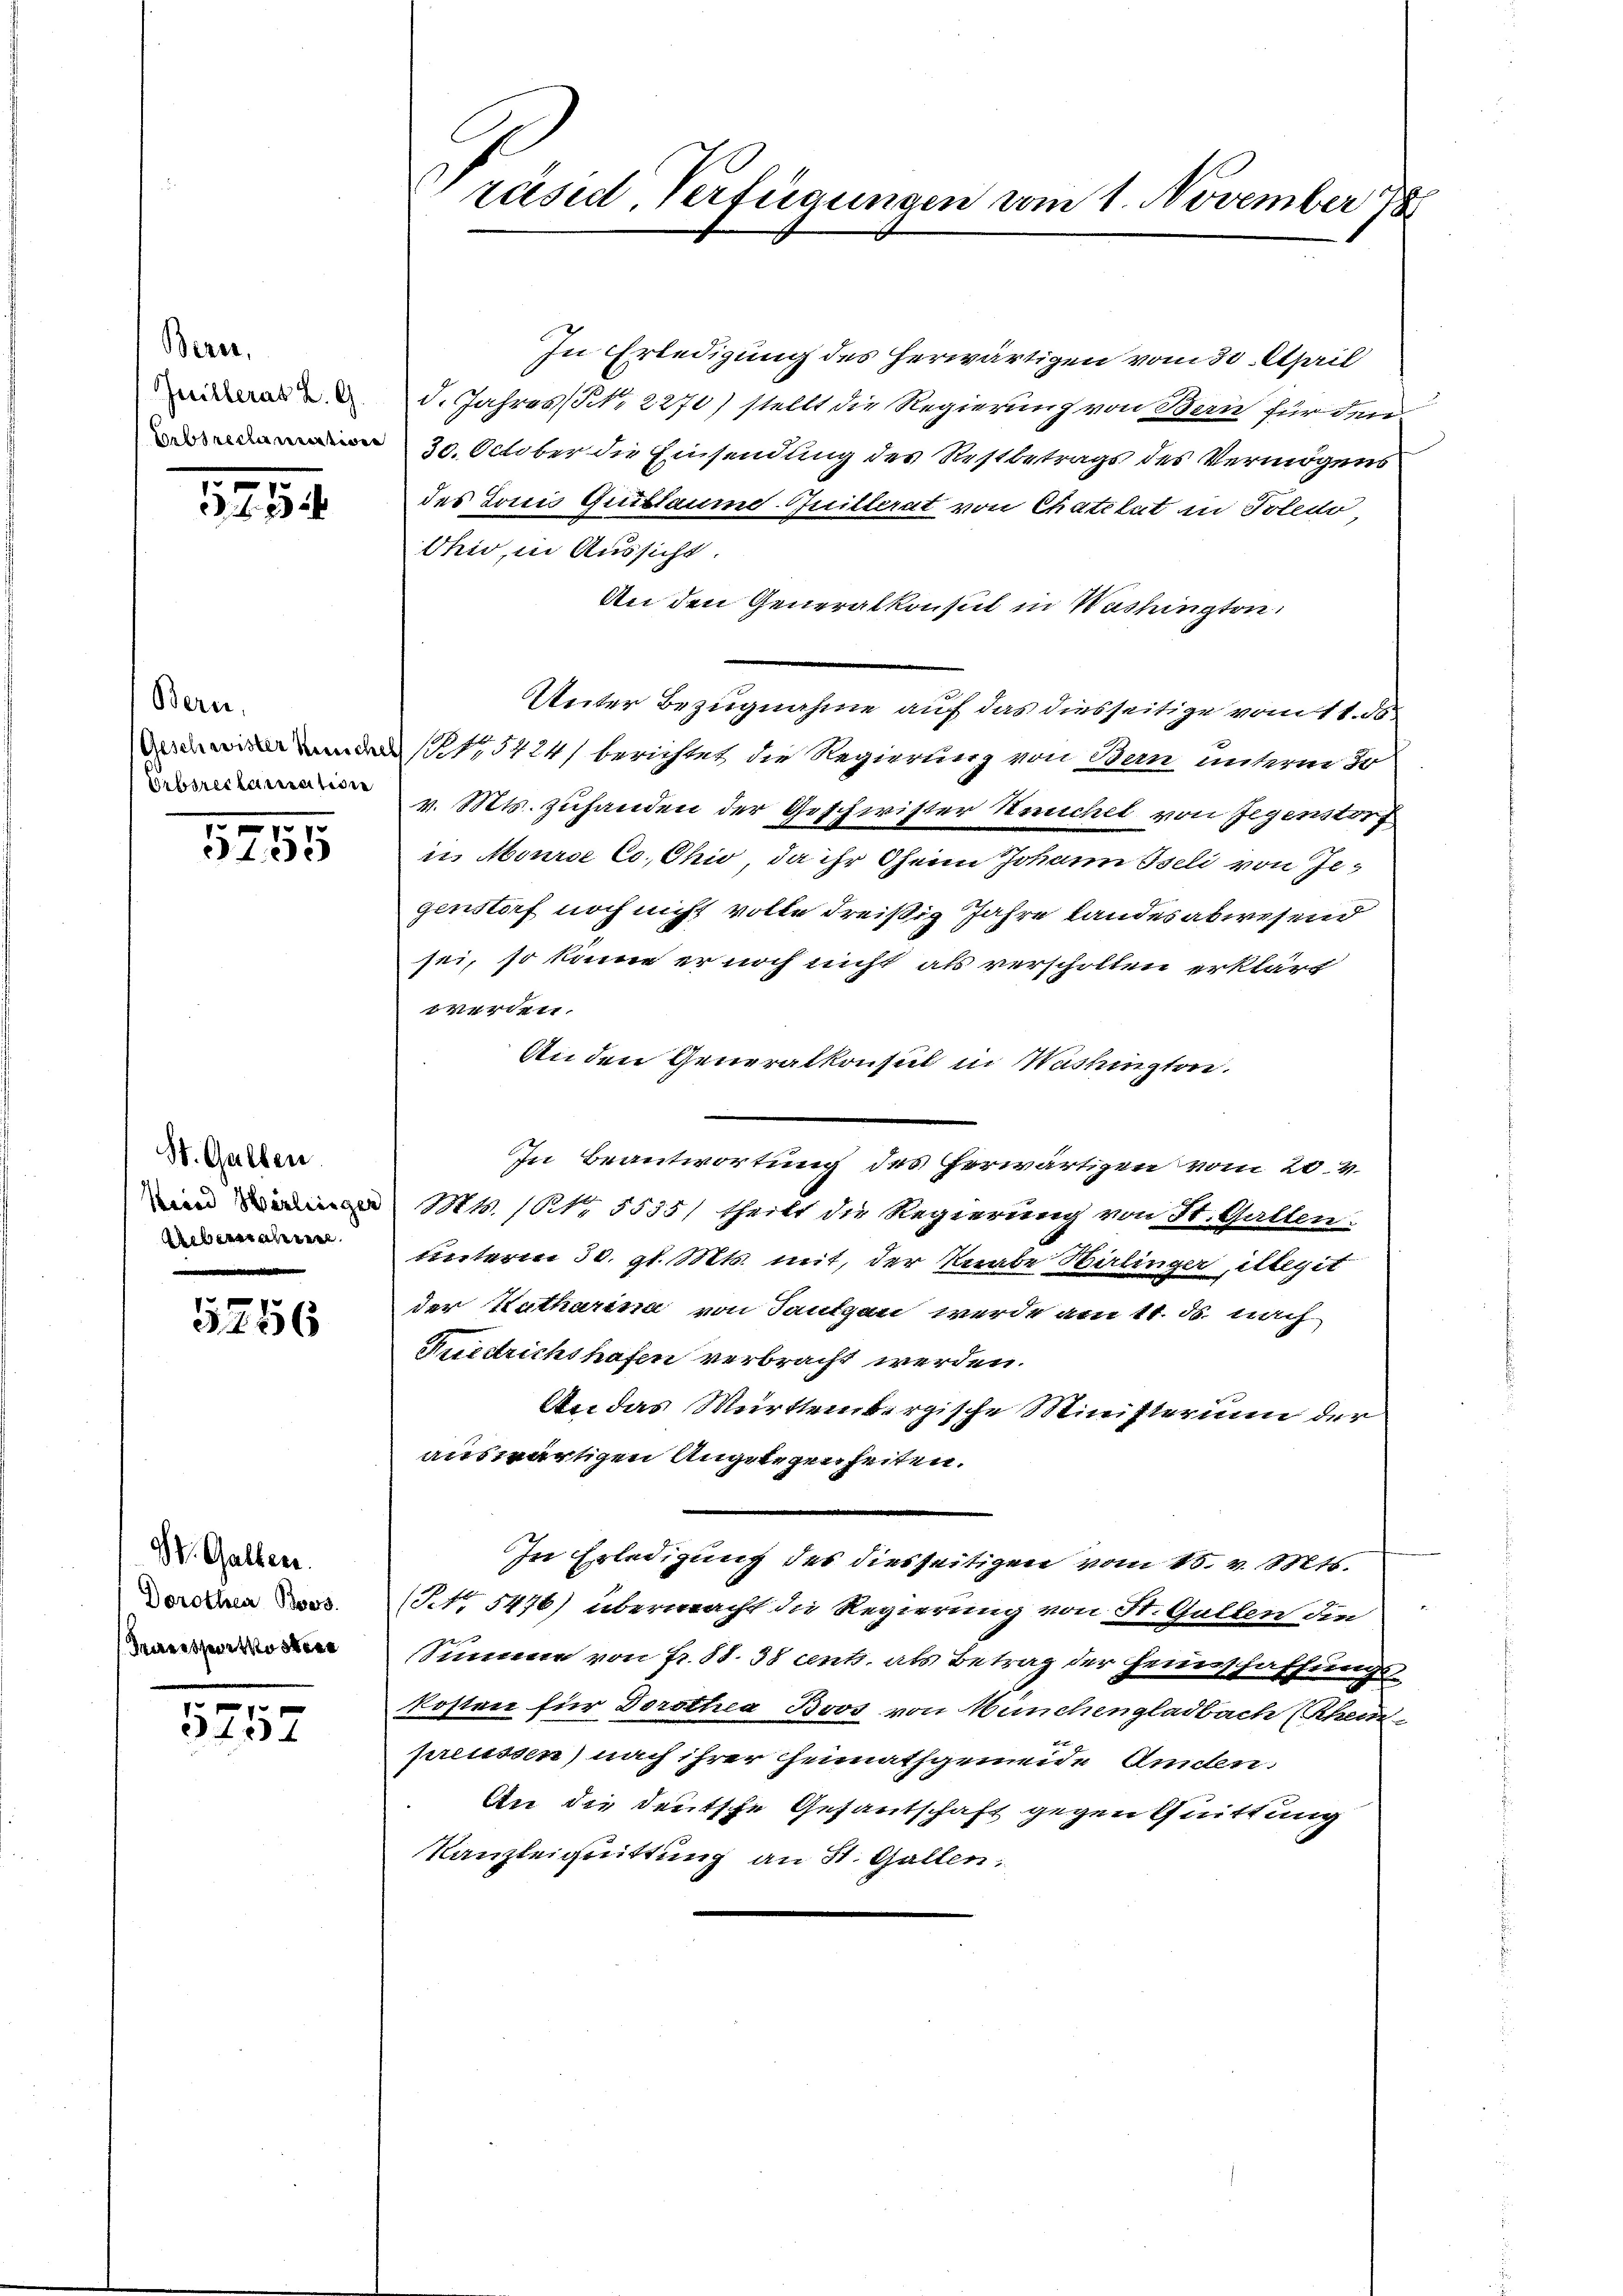
Berei,
Gevillerat L. G.

175

Bern,

3255

St. Gallen.
Areberstatten
.

5256

XV. Gallen.
Dorothea Bvers
Perresportkostere

1757

In Erledigung des herwärtigen vom 30. April
d. Jahres (§. 2270) stellt die Regierung von Bern für den
30. October die Einsendung des Restbetrags des Vermögens
des donis Guillaume Quitterat von Chatelat in Poledo,
Ohio, in Aussicht.
An den Generalkonsul in Washington
Unter Bezugnahme auf das diesseitige vom 11. 30
1,5424/ berichtet die Regierung von Bern unterm 30
 v. Mts. zuhanden der Geschwister Keuchel von Gegendorf
in Mourse Co., Ohio, da ihr Oheim Johann Iseli von Jegenstorf noch nicht volle dreißig Jahre Landes abwesend
sei, so könne er noch nicht als verscholten erklärt
V141411.
An den Generalkonsul in Washingten.
In Beantwortung des herwärtigen vom 20. v.
n Mts. (NNo. 5535/ theilt die Regierung von St. Gallen.
unterm 30. gl. Mts. mit, der Knabe Birlinger, illegit
der Katharina von Langen werde am 11. ds. nach
Ruestrichshafen verbracht werden.
An das Württembergische Ministerium der
auswärtigen Angelegenheiten.
In Erledigung des diesseitigen vom 15. v. Mts.
(NNo. 5476) übermacht die Regierung von St. Gallen den
Sunnene von Fr. 88. 38 cents. als Betrag der Heinschaffungskosten für Dorothea Boos von Manchengladbach (Rhein
preussen) nach ihrer Heimathgemeide Amden:
An die deutsche Gesantschaft gegen Quittung
Kanzleignittung an St. Gallen,

Präsid. Verfügungen vom 1. November 178